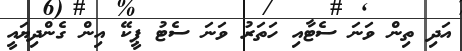
އަދި ތިން ވަނަ ސެޓާއި ހަތަރު ވަނަ ސެޓު ޕީކޭ އިން ގެންދިޔައީ